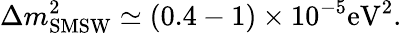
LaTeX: \Delta m_{\mathrm{{SMSW}}}^{2}\simeq(0.4-1)\times 10^{-5}\mathrm{eV}^{2}.